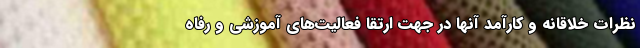
نظرات خلاقانه و کارآمد آنها در جهت ارتقا فعالیت‌های آموزشی و رفاه